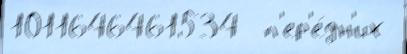
1011646461534  п'ер'е́дн'их